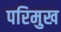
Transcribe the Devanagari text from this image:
परिमुख